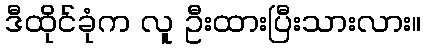
ဒီထိုင်ခုံက လူ ဦးထားပြီးသားလား။